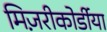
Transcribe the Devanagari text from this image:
मिज़रीकोर्डीया